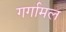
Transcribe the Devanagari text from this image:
गर्गामल